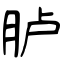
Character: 胪